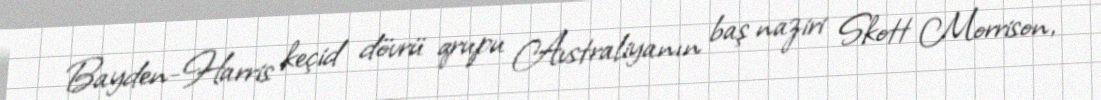
Bayden-Harris keçid dövrü qrupu Avstraliyanın baş naziri Skott Morrison,